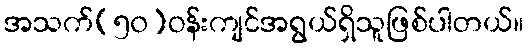
အသက်(၅၀)ဝန်းကျင်အရွယ်ရှိသူဖြစ်ပါတယ်။